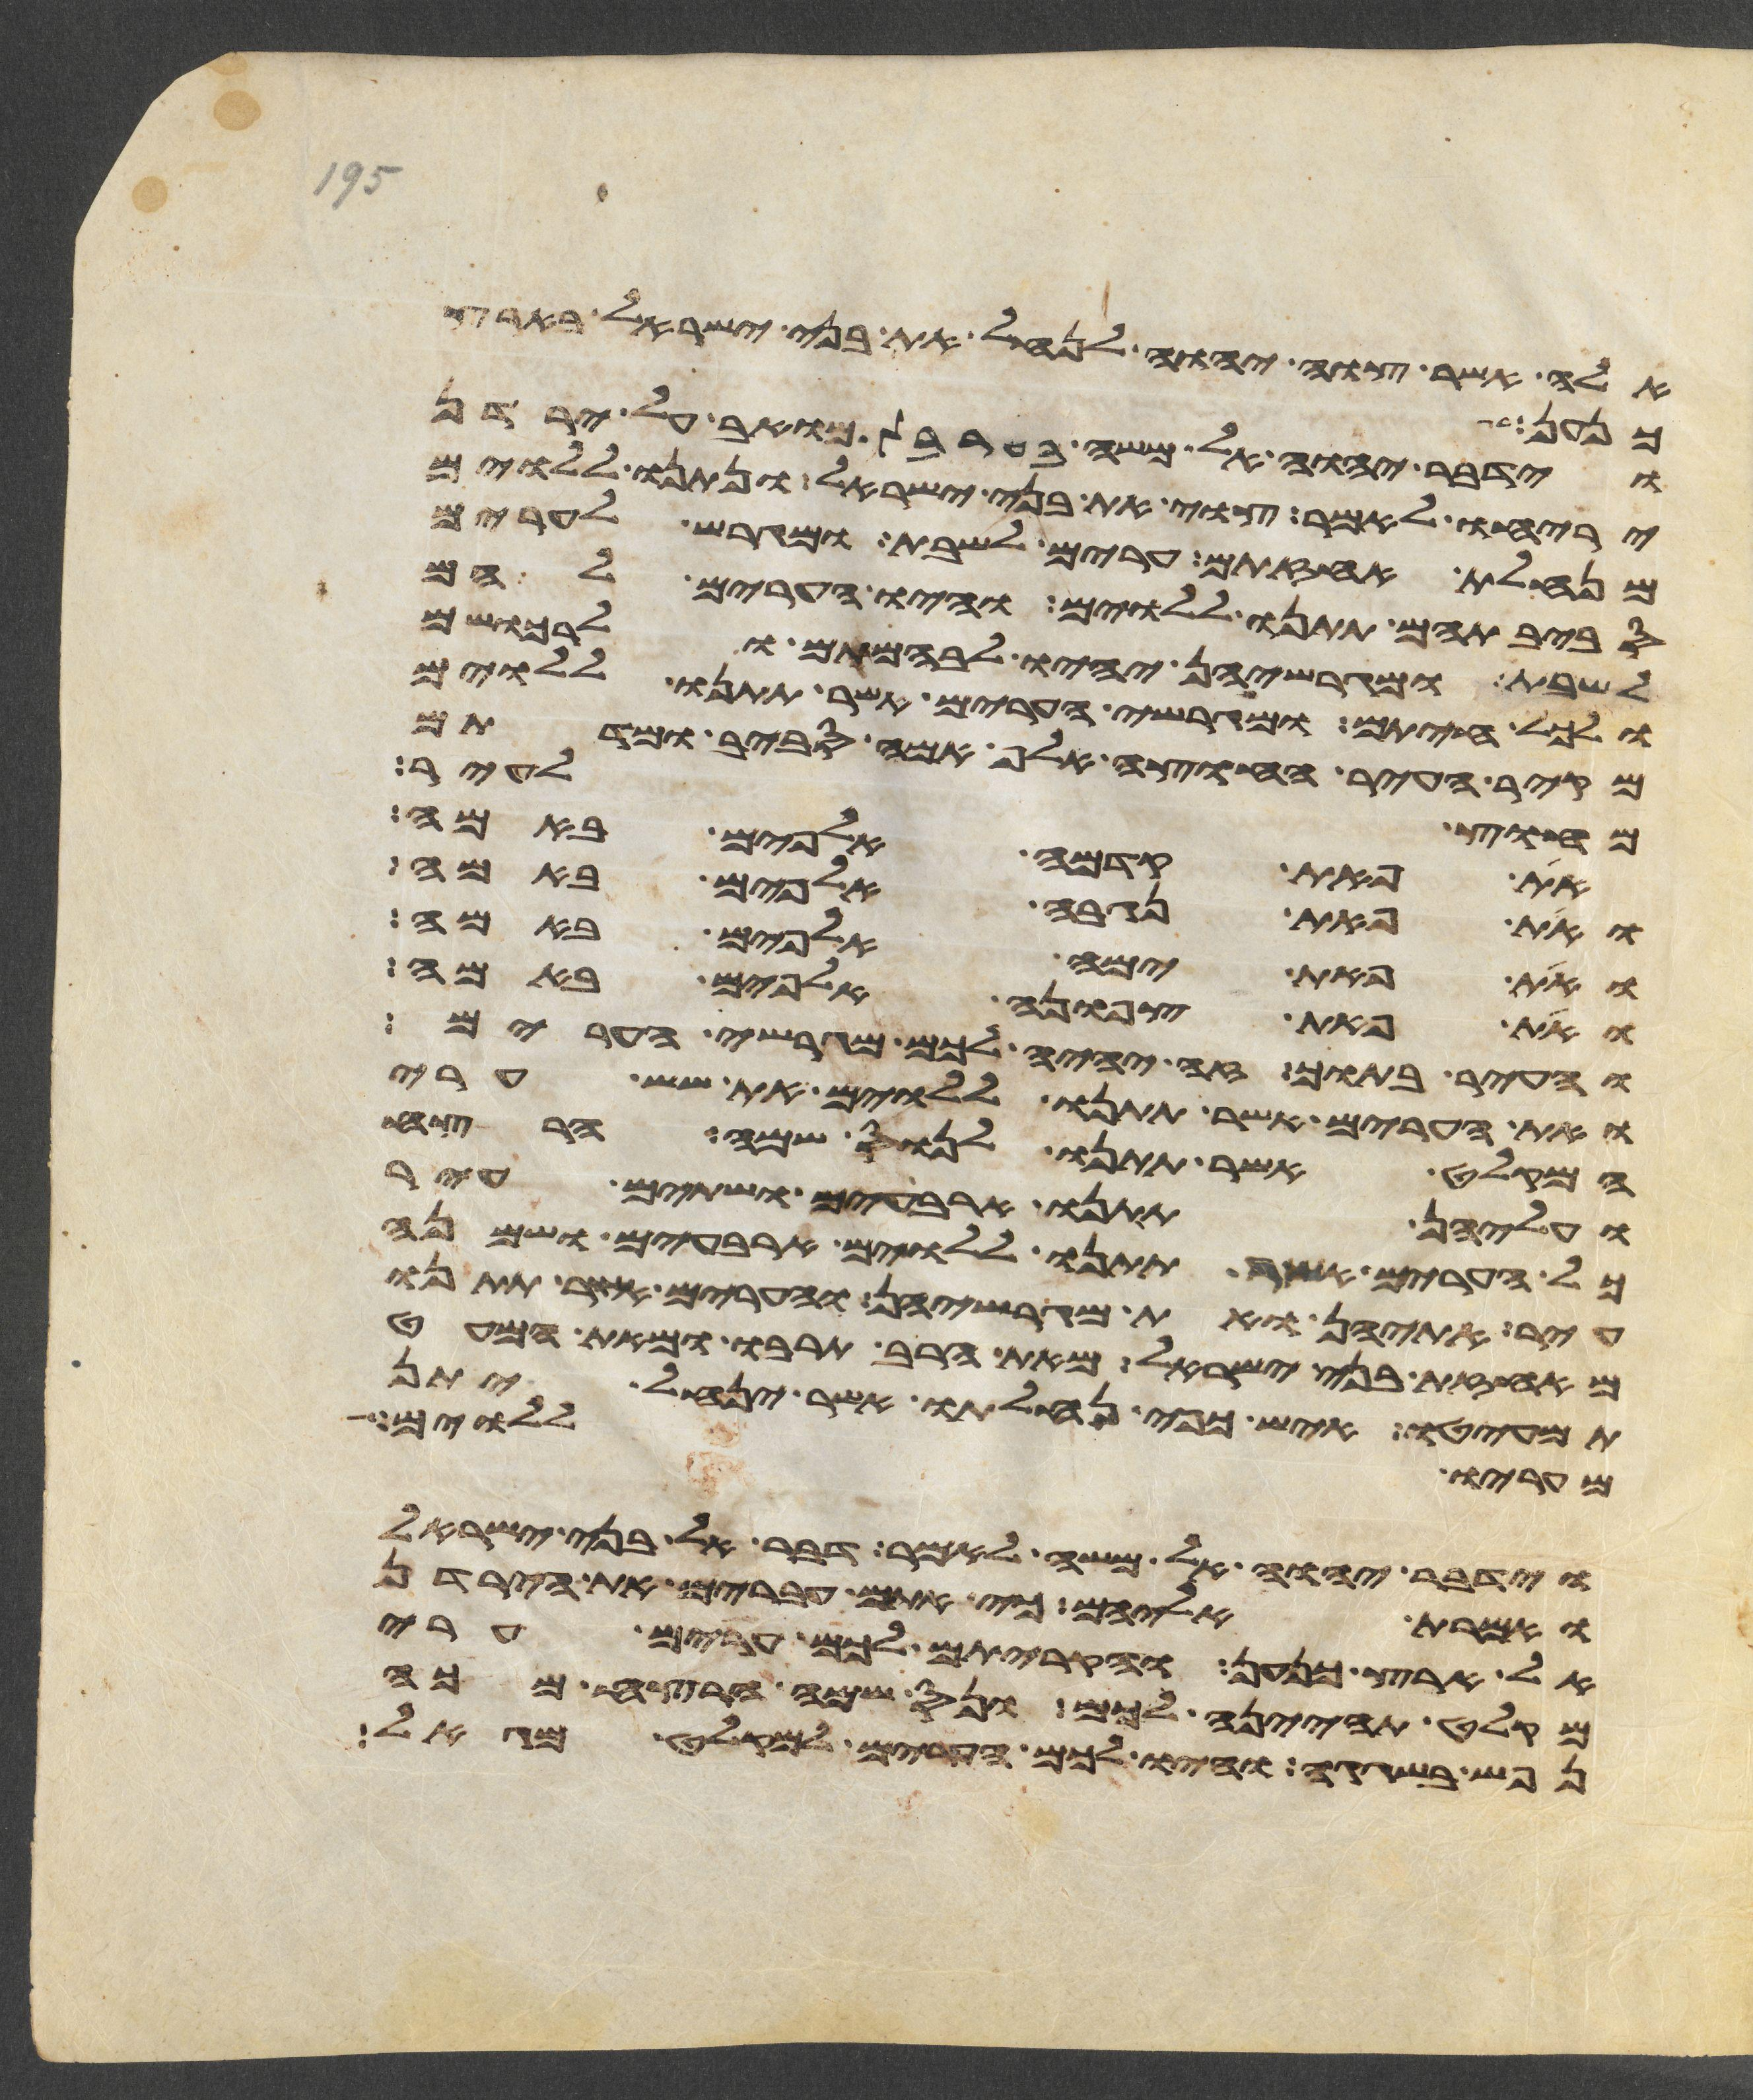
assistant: אלה אשר צוה יהוה לנחל את בני ישראל בארץ
כנען
וידבר יהוה אל משה בערבת מואב על ירדן
יריחו לאמר צוי את בני ישראל ונתנו ללוים
מנחלת אחזתם ערים לשבת ומגרש לערים
סביבתיהם תתנו ללוים והיו הערים להם
לשבת ומגרשיהן יהיו לבהמתם ולרכושם
ולכל חיתם ומגרשי הערים אשר תתנו ללוים
מקיר העיר החוצה אלף אמה סביב ומדתם
מחוץ לעיר
את פאת קדמה אלפים באמה
ואת פאת נגבה אלפים באמה
ואת פאת ימה אלפים באמה
ואת פאת צפונה אלפים באמה
והעיר בתוך זה יהיה לכם מגרשי הערים
ואת הערים אשר תתנו ללוים את שש ערי
המקלט אשר תתנו לנוס שם הרצח
ועליהן תתנו ארבעים ושתים עיר
כל הערים אשר תתנו ללוים ארבעים ושמנה
עיר אתהן ואת מגרשיהן והערים אשר תתנו
מאחזת בני ישראל מאת הרב תרבו ומאת המעט
תמעיטו איש כפי נחלתו אשר ינחל יתן
מעריו ללוים
וידבר יהוה אל משה לאמר דבר אל בני ישראל
ואמרת אליהם כי אתם עברים את הירדן
אל ארץ כנען והקריתם לכם ערים ערי
מקלט תהיינה לכם ונס שמה הרצח מכה
נפש בשגגה והיו לכם הערים למקלט מגאל